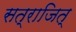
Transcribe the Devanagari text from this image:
सत्राजित्